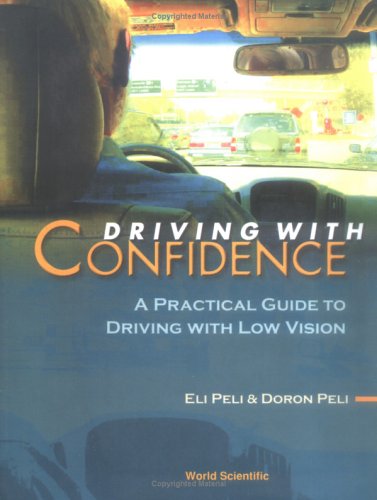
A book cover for Driving With Confidence: A Practical Guide to Driving With Low Vision; Eli Peli; Test Preparation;